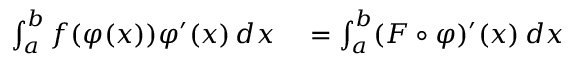
\begin{array} { r l } { \int _ { a } ^ { b } f ( \varphi ( x ) ) \varphi ^ { \prime } ( x ) \, d x } & { { } = \int _ { a } ^ { b } ( F \circ \varphi ) ^ { \prime } ( x ) \, d x } \end{array}